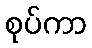
စုပ်ကာ